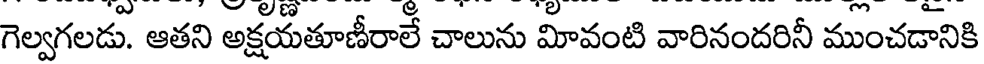
గెల్వగలడు. ఆతని అక్షయతూణీరాలే చాలును మీవంటి వారినందరినీ ముంచడానికి